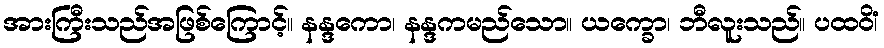
အားကြီးသည်အဖြစ်ကြောင့်။ နန္ဒကော၊ နန္ဒကမည်သော။ ယက္ခော၊ ဘီလူးသည်။ ပထဝိံ၊